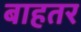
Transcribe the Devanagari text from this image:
बाहतर